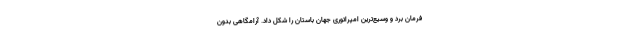
فرمان برد و وسیع‌ترین امپراتوری جهان باستان را شکل داد. آرامگاهی بدون